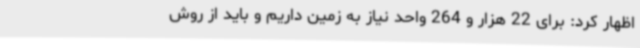
اظهار کرد: برای 22 هزار و 264 واحد نیاز به زمین داریم و باید از روش